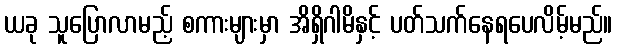
ယခု သူပြောလာမည့် စကားများမှာ အိရှိဂါမိနှင့် ပတ်သက်နေရပေလိမ့်မည်။